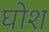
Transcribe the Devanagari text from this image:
घोश